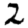
Digit: 2